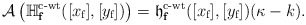
\begin{align*}\mathcal A \left (\mathbb H_{\mathbf{f}}^{\textup{c-wt}}([x_{\textup{f}}],[y_{\textup{f}}])\right )=\frak h_{\mathbf{f}}^{\textup{c-wt}}([x_{\textup{f}}],[y_{\textup{f}}]) (\kappa-k).\end{align*}